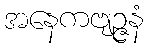
အနေကဗျဉ္ဇနံ